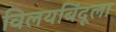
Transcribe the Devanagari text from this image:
विलयबिंदूला